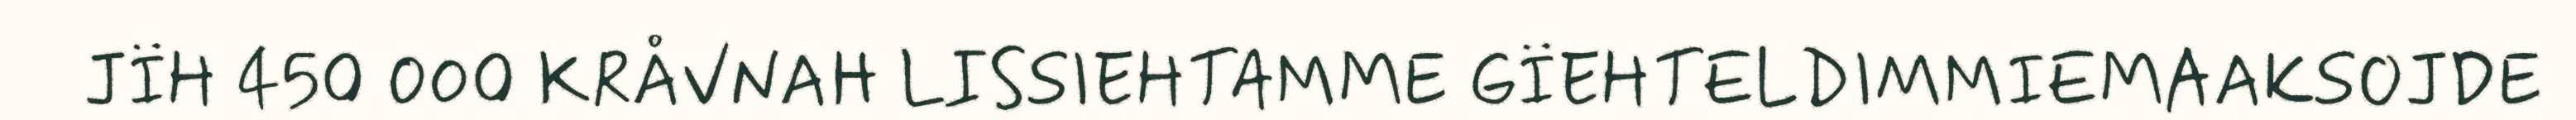
JÏH 450 000 KRÅVNAH LISSIEHTAMME GÏEHTELDIMMIEMAAKSOJDE